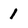
Character: 1